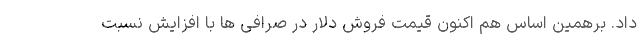
داد. برهمین اساس هم اکنون قیمت فروش دلار در صرافی ها با افزایش نسبت